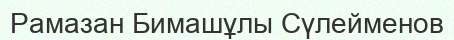
Рамазан Бимашұлы Сүлейменов